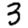
Digit: 3